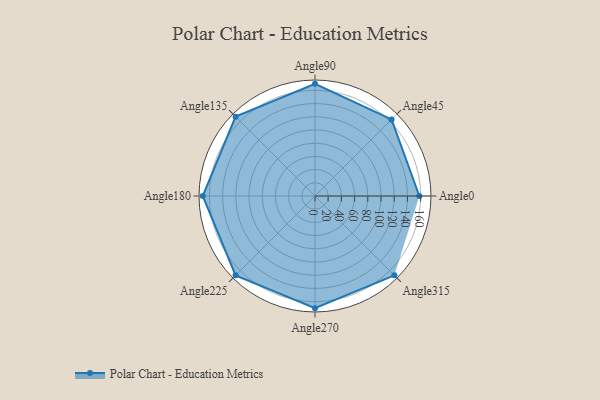
{"axis": {"x": "Angle", "y": "Radius"}, "legend": [""], "data": [{"x": "Angle0", "y": 158.0, "type": ""}, {"x": "Angle45", "y": 164.0, "type": ""}, {"x": "Angle90", "y": 170.0, "type": ""}, {"x": "Angle135", "y": 170, "type": ""}, {"x": "Angle180", "y": 170, "type": ""}, {"x": "Angle225", "y": 170, "type": ""}, {"x": "Angle270", "y": 170, "type": ""}, {"x": "Angle315", "y": 170, "type": ""}]}